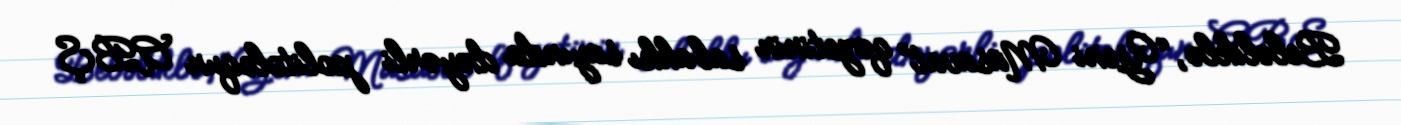
Beləliklə, “Yeni Müsavat” qəzetinin sabahkı sayında dəyərli politoloqun ABŞ